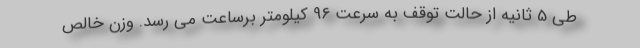
طی 5 ثانیه از حالت توقف به سرعت 96 کیلومتر برساعت می رسد. وزن خالص